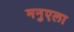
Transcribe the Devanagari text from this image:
मनुएला